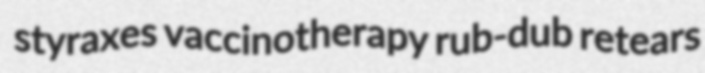
styraxes vaccinotherapy rub-dub retears